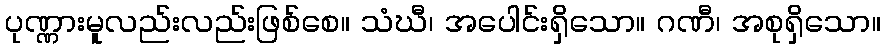
ပုဏ္ဏားမူလည်းလည်းဖြစ်စေ။ သံဃီ၊ အပေါင်းရှိသော။ ဂဏီ၊ အစုရှိသော။